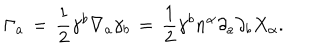
LaTeX: \Gamma _ { a } \, = \, \frac { 1 } { 2 } \gamma ^ { b } \nabla _ { a } \gamma _ { b } \, = \, \frac { 1 } { 2 } \gamma ^ { b } n ^ { \alpha } \partial _ { a } \partial _ { b } X _ { \alpha } .